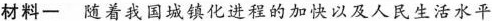
材料一 随着我国城镇化进程的加快以及人民生活水平